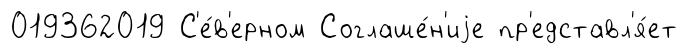
019362019 С'е́в'ерном Соглаше́н'иjе пр'едставл'я́ет